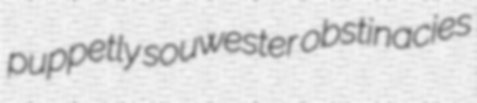
puppetly souwester obstinacies